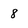
Character: 8